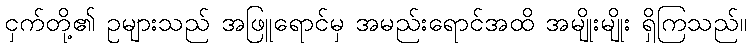
ငှက်တို့၏ ဥများသည် အဖြူရောင်မှ အမည်းရောင်အထိ အမျိုးမျိုး ရှိကြသည်။